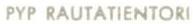
PYP RAUTATIENTORI